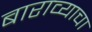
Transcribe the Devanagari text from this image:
बाराव्याचा